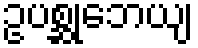
ဥပစ္ဆုဘေယျ